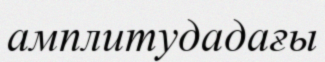
амплитудадағы